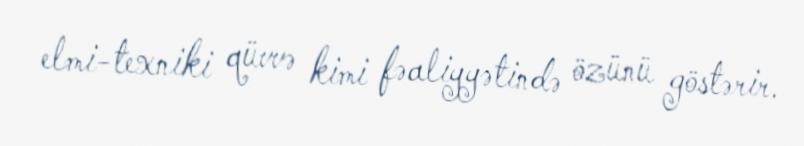
elmi-texniki qüvvə kimi fəaliyyətində özünü göstərir.